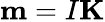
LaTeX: \mathbf{m}=I\mathbf{K}